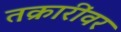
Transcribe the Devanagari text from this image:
तक्रारींवर